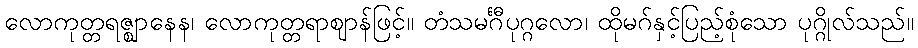
လောကုတ္တရဇ္ဈာနေန၊ လောကုတ္တရာဈာန်ဖြင့်။ တံသမင်္ဂီပုဂ္ဂလော၊ ထိုမဂ်နှင့်ပြည့်စုံသော ပုဂ္ဂိုလ်သည်။